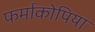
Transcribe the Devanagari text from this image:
फर्माकोपिया